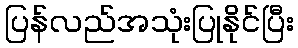
ပြန်လည်အသုံးပြုနိုင်ပြီး